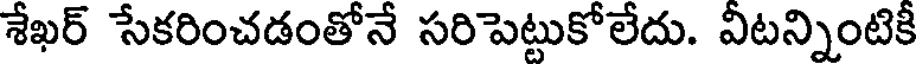
శేఖర్ సేకరించడంతోనే సరిపెట్టుకోలేదు. వీటన్నింటికీ